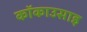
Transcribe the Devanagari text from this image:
कॉकाउसाइ